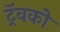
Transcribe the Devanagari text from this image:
ट्रॅवको